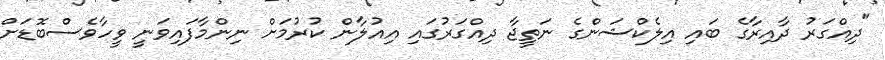
"ދިއްގަރު ދާއިރާގެ ބައި އިލެކްޝަންގެ ނަތީޖާ ދިއްގަރުގައި އިއުލާން ކުރުމަށް ނިންމާފައިވަނީ ވީހާވެސްބޮޑަށް